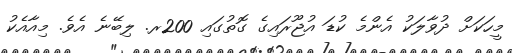
މީހަކަށް ދުވާލަކު އެންމެ ކުޑަ އުޖޫރައިގެ ގޮތުގައި 200ރ. ލިބޭނެ އެވެ. މިއާއެކު